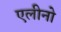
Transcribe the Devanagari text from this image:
एलीनो